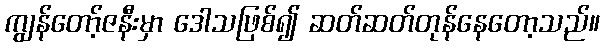
ကျွန်တော့်ဇနီးမှာ ဒေါသဖြစ်၍ ဆတ်ဆတ်တုန်နေတော့သည်။